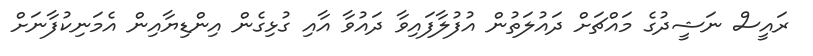
ރައީސް ނަޝީދުގެ މައްޗަށް ދައުލަތުން އުފުލާފައިވާ ދައުވާ އާއި ގުޅިގެން އިންޑިޔާއިން އެމަނިކުފާނަށް